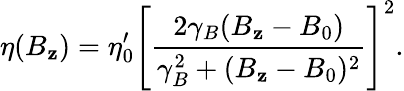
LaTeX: \eta(B_{\mathbf{z}})=\eta_{0}^{\prime}\left[\frac{{2\gamma_{B}(B_{\mathbf{z}}-B_{0})}}{{\gamma_{B}^{2}+(B_{\mathbf{z}}-B_{0})^{2}}}\right]^{2}.